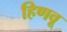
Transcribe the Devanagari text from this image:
हिणवू